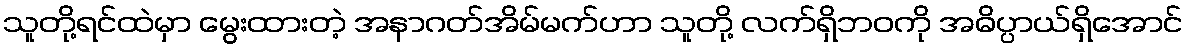
သူတို့ရင်ထဲမှာ မွေးထားတဲ့ အနာဂတ်အိမ်မက်ဟာ သူတို့ လက်ရှိဘဝကို အဓိပ္ပာယ်ရှိအောင်